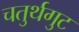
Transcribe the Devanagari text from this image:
चतुर्थगुट